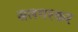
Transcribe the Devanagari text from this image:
सलगरकर